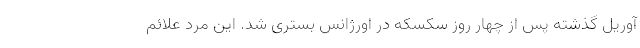
آوریل گذشته پس از چهار روز سکسکه در اورژانس بستری شد. این مرد علائم